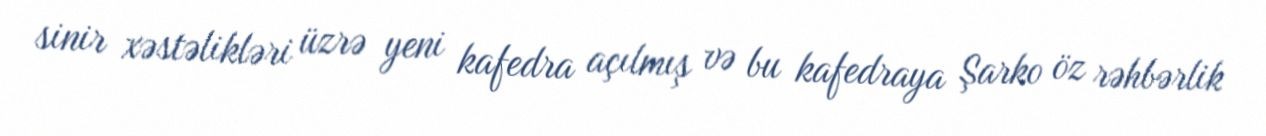
sinir xəstəlikləri üzrə yeni kafedra açılmış və bu kafedraya Şarko öz rəhbərlik